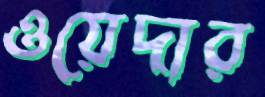
ওয়েদার